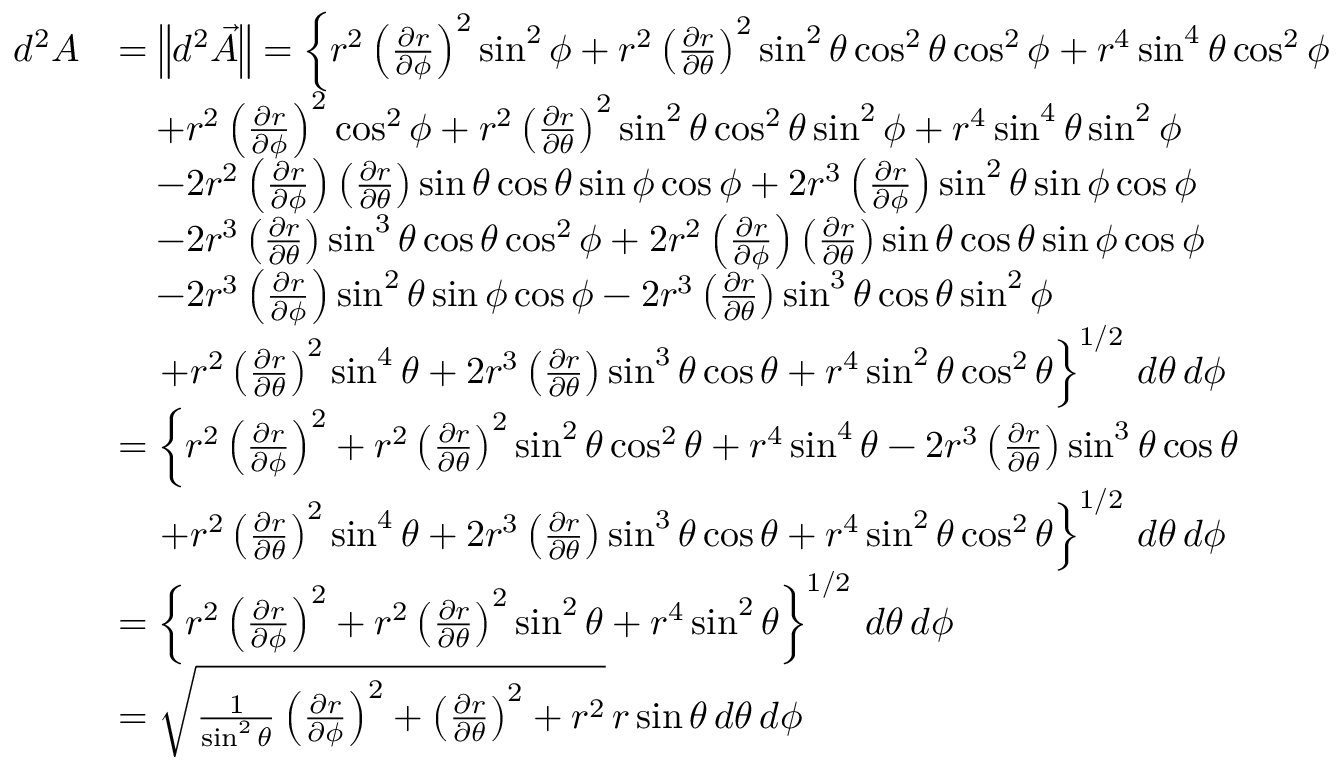
\begin{array} { r l } { d ^ { 2 } A } & { = \left\lVert d ^ { 2 } \vec { A } \right\rVert = \left\{ r ^ { 2 } \left( \frac { \partial r } { \partial \phi } \right) ^ { 2 } \sin ^ { 2 } \phi + r ^ { 2 } \left( \frac { \partial r } { \partial \theta } \right) ^ { 2 } \sin ^ { 2 } \theta \cos ^ { 2 } \theta \cos ^ { 2 } \phi + r ^ { 4 } \sin ^ { 4 } \theta \cos ^ { 2 } \phi \right. } \\ & { \quad + r ^ { 2 } \left( \frac { \partial r } { \partial \phi } \right) ^ { 2 } \cos ^ { 2 } \phi + r ^ { 2 } \left( \frac { \partial r } { \partial \theta } \right) ^ { 2 } \sin ^ { 2 } \theta \cos ^ { 2 } \theta \sin ^ { 2 } \phi + r ^ { 4 } \sin ^ { 4 } \theta \sin ^ { 2 } \phi } \\ & { \quad - 2 r ^ { 2 } \left( \frac { \partial r } { \partial \phi } \right) \left( \frac { \partial r } { \partial \theta } \right) \sin \theta \cos \theta \sin \phi \cos \phi + 2 r ^ { 3 } \left( \frac { \partial r } { \partial \phi } \right) \sin ^ { 2 } \theta \sin \phi \cos \phi } \\ & { \quad - 2 r ^ { 3 } \left( \frac { \partial r } { \partial \theta } \right) \sin ^ { 3 } \theta \cos \theta \cos ^ { 2 } \phi + 2 r ^ { 2 } \left( \frac { \partial r } { \partial \phi } \right) \left( \frac { \partial r } { \partial \theta } \right) \sin \theta \cos \theta \sin \phi \cos \phi } \\ & { \quad - 2 r ^ { 3 } \left( \frac { \partial r } { \partial \phi } \right) \sin ^ { 2 } \theta \sin \phi \cos \phi - 2 r ^ { 3 } \left( \frac { \partial r } { \partial \theta } \right) \sin ^ { 3 } \theta \cos \theta \sin ^ { 2 } \phi } \\ & { \quad \left. + r ^ { 2 } \left( \frac { \partial r } { \partial \theta } \right) ^ { 2 } \sin ^ { 4 } \theta + 2 r ^ { 3 } \left( \frac { \partial r } { \partial \theta } \right) \sin ^ { 3 } \theta \cos \theta + r ^ { 4 } \sin ^ { 2 } \theta \cos ^ { 2 } \theta \right\} ^ { 1 / 2 } \, d \theta \, d \phi } \\ & { = \left\{ r ^ { 2 } \left( \frac { \partial r } { \partial \phi } \right) ^ { 2 } + r ^ { 2 } \left( \frac { \partial r } { \partial \theta } \right) ^ { 2 } \sin ^ { 2 } \theta \cos ^ { 2 } \theta + r ^ { 4 } \sin ^ { 4 } \theta - 2 r ^ { 3 } \left( \frac { \partial r } { \partial \theta } \right) \sin ^ { 3 } \theta \cos \theta \right. } \\ & { \quad \left. + r ^ { 2 } \left( \frac { \partial r } { \partial \theta } \right) ^ { 2 } \sin ^ { 4 } \theta + 2 r ^ { 3 } \left( \frac { \partial r } { \partial \theta } \right) \sin ^ { 3 } \theta \cos \theta + r ^ { 4 } \sin ^ { 2 } \theta \cos ^ { 2 } \theta \right\} ^ { 1 / 2 } \, d \theta \, d \phi } \\ & { = \left\{ r ^ { 2 } \left( \frac { \partial r } { \partial \phi } \right) ^ { 2 } + r ^ { 2 } \left( \frac { \partial r } { \partial \theta } \right) ^ { 2 } \sin ^ { 2 } \theta + r ^ { 4 } \sin ^ { 2 } \theta \right\} ^ { 1 / 2 } \, d \theta \, d \phi } \\ & { = \sqrt { \frac 1 { \sin ^ { 2 } \theta } \left( \frac { \partial r } { \partial \phi } \right) ^ { 2 } + \left( \frac { \partial r } { \partial \theta } \right) ^ { 2 } + r ^ { 2 } } \, r \sin \theta \, d \theta \, d \phi } \end{array}